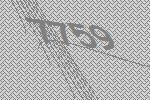
7759